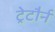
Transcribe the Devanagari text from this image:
ट्रेटौर्न